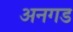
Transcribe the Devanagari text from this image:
अनगड